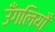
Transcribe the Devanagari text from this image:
उँगलियोँ